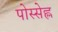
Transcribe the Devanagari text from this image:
पोस्सेह्ल